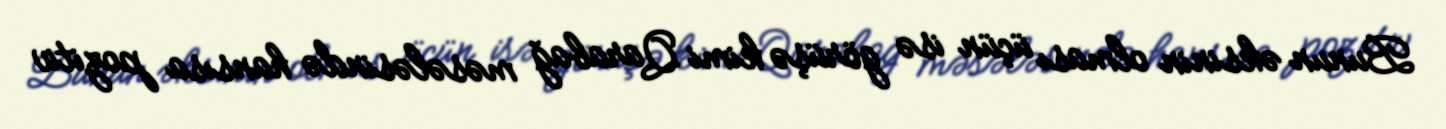
Bunun əksinin olması üçün isə görüşə kimi Qarabağ məsələsində hansısa pozitiv